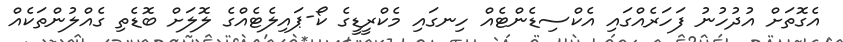
އެގޮތަށް އުދުހުނު ފަހަރެއްގައި އެކްސިޑެންޓެއް ހިނގައި މެކްރީޑީގެ ކޯ-ޕައިލެޓެއްގެ ލޮލަށް ބޮޑެތި ގެއްލުންތަކެއް